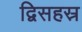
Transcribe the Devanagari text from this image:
द्विसहस्र